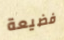
فضيعة